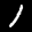
Label: 1